画像に写った文字を読んでください
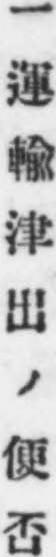
「一運輸津出ノ便否」と書いてあります